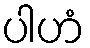
ပါဟံ